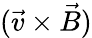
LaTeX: (\vec{v}\times\vec{B})